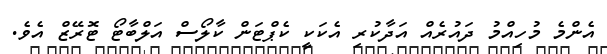
އެންމެ މުހިއްމު ދައުރެއް އަދާކުރި އެކަކީ ކެޕްޓަން ކާލޯސް އަލްބާޓޯ ޓޮރޭޒް އެވެ.